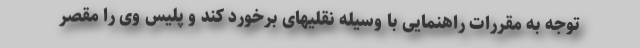
توجه به مقررات راهنمایی با وسیله نقلیهای برخورد کند و پلیس وی را مقصر